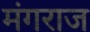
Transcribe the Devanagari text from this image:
मंगराज